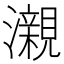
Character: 瀙